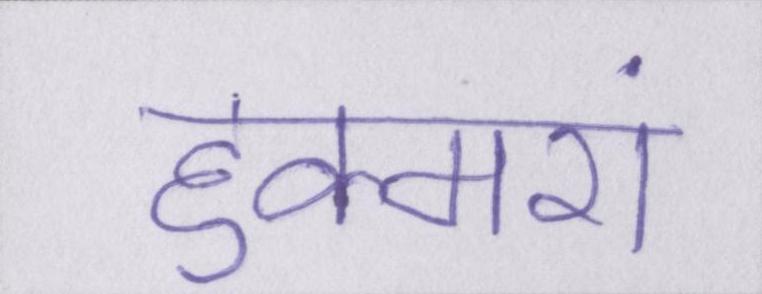
हुक्मरां